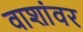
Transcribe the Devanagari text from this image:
वाशांवर